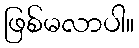
ဖြစ်မလာပါ။